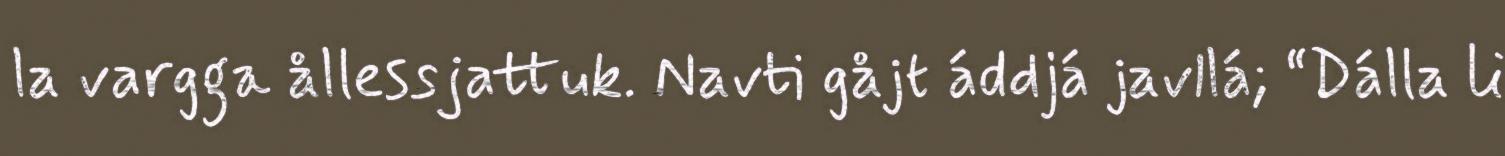
la vargga ållessjattuk. Navti gåjt áddjá javllá; “Dálla li